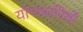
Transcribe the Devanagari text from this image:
योगाचारियों